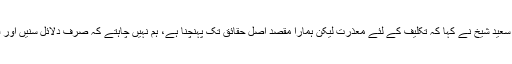
جسٹس عظمت سعید شیخ نے کہا کہ تکلیف کے لئے معذرت لیکن ہمارا مقصد اصل حقائق تک پہنچنا ہے، ہم نہیں چاہتے کہ صرف دلائل سنیں اور فیصلہ دے دیں۔